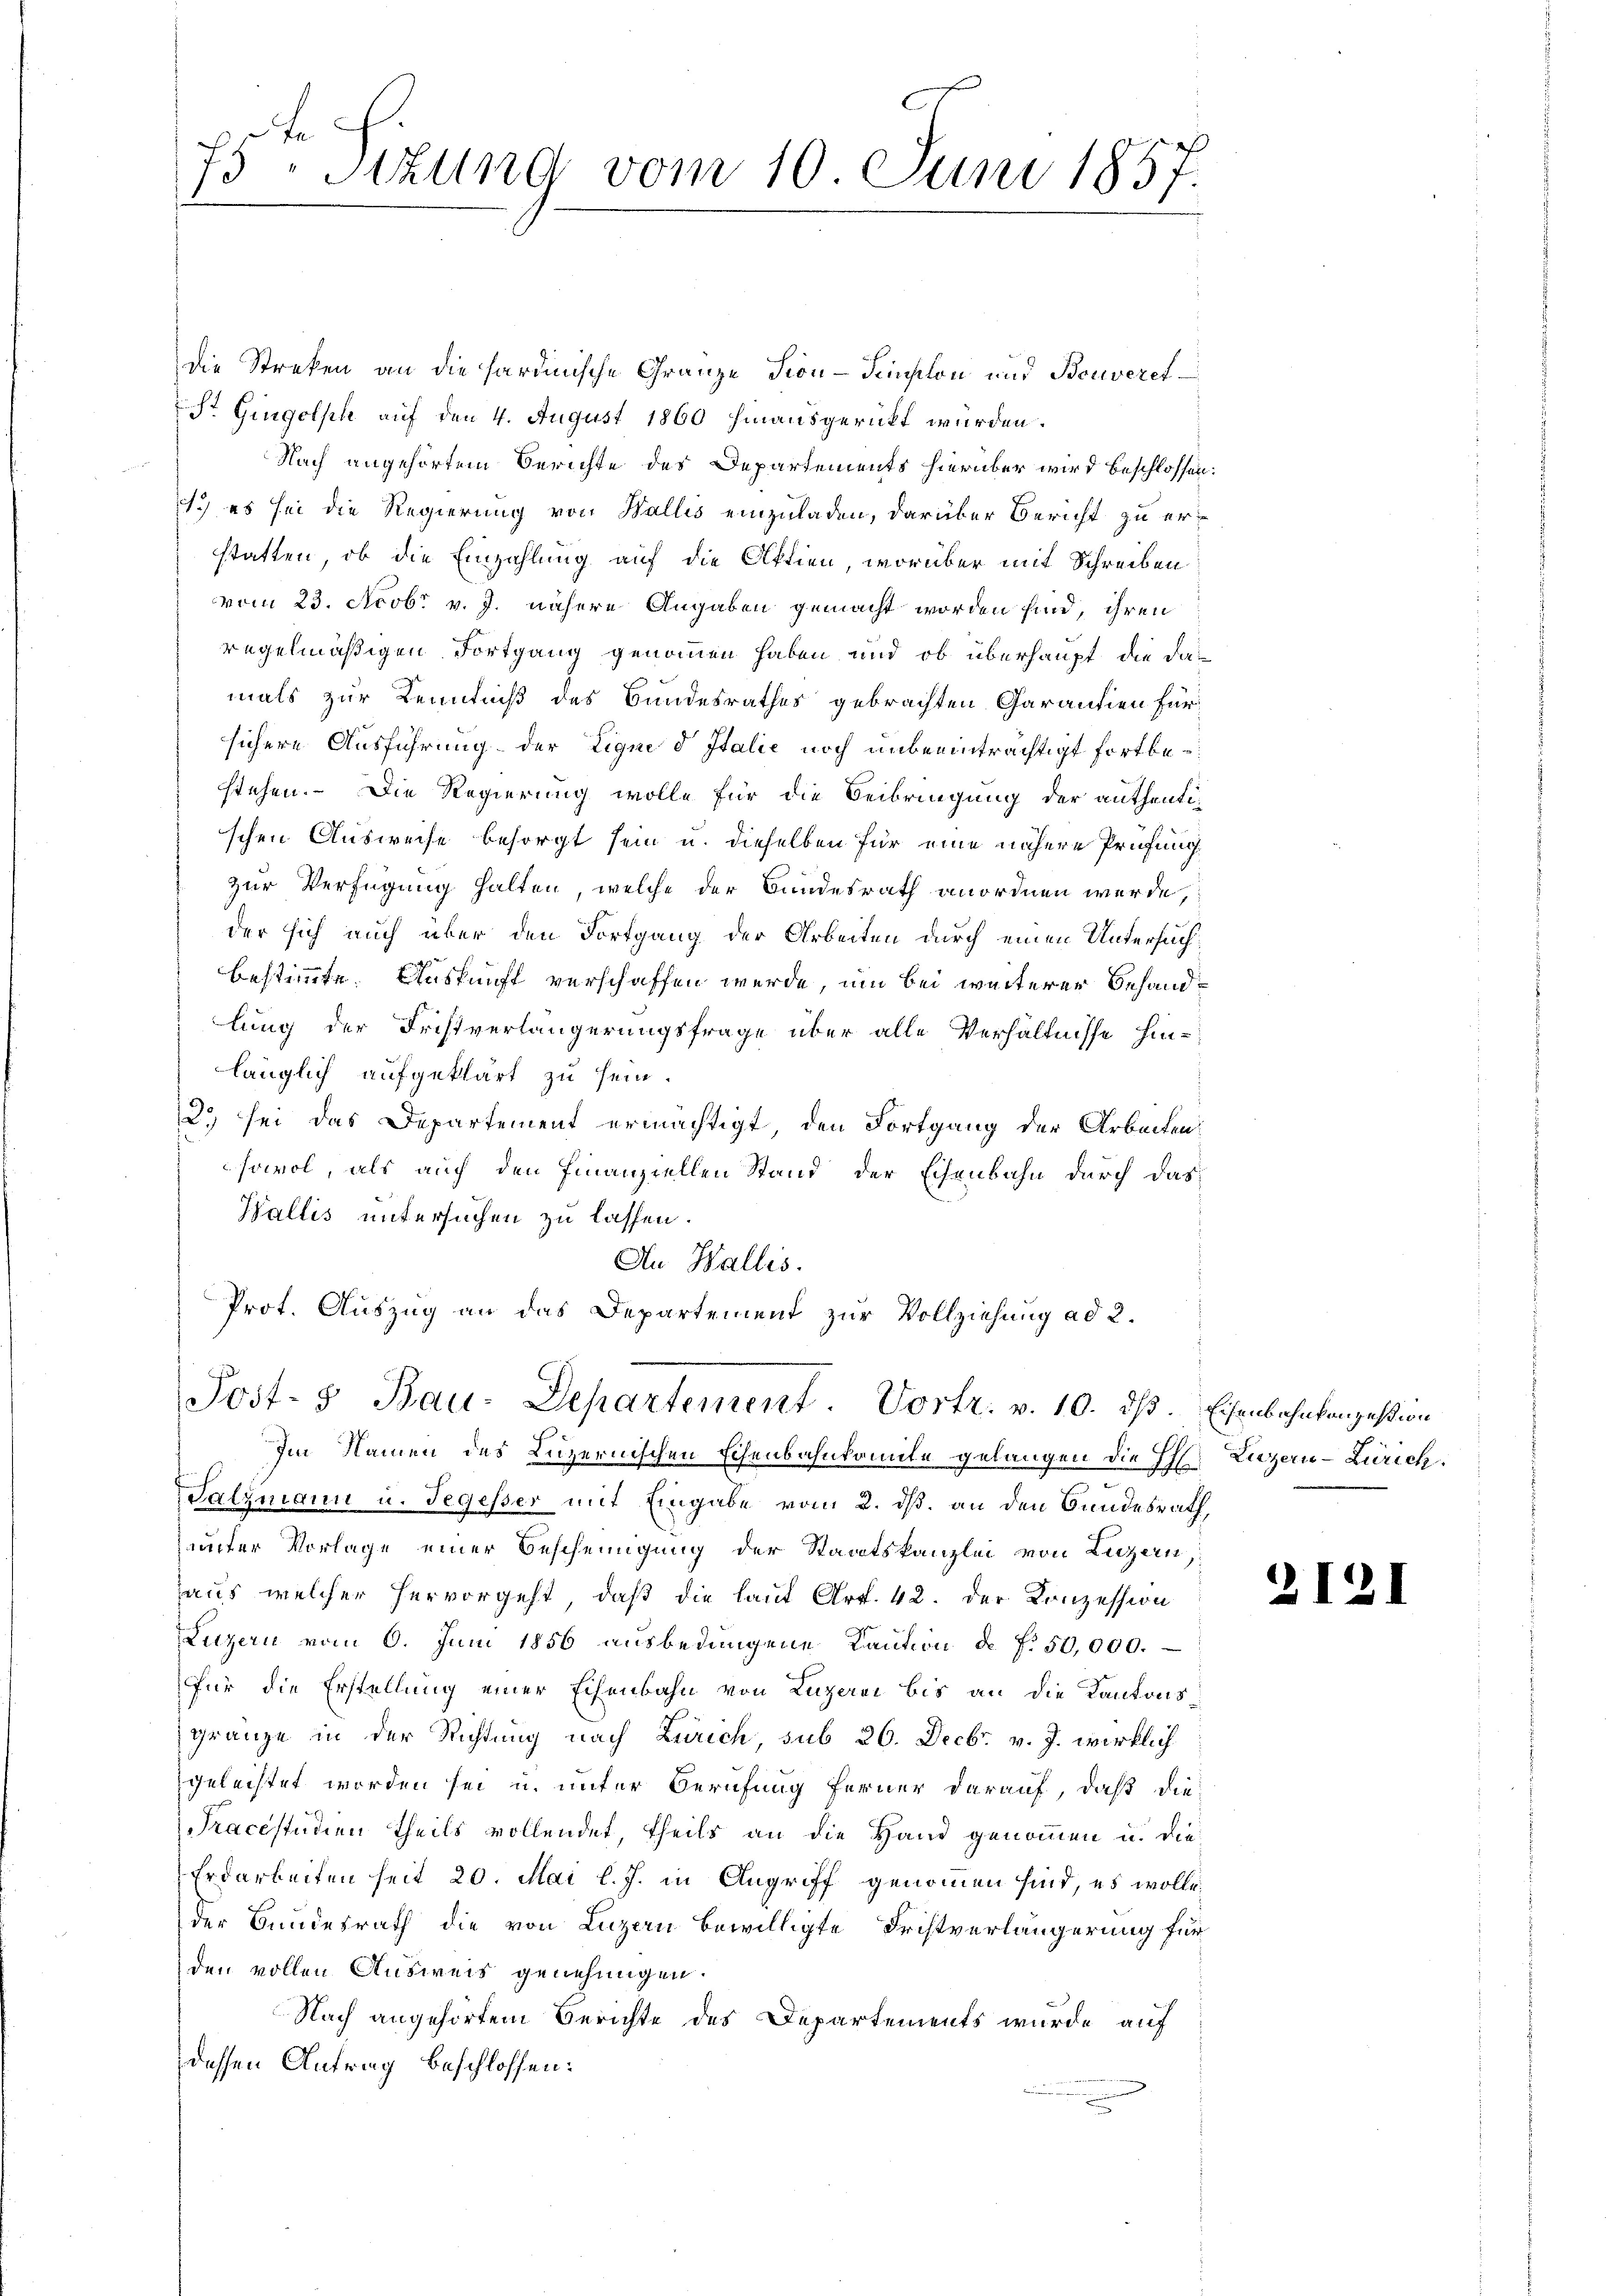
73 "Sizung vom 10. Juni 1857.

die Streken an die hardinische Gränze Fion-Simselon und Bouveret
ht Gingolsch auf den 4. August 1860 hinausgerückt wurden.
Nach angehörtem Berichte des Departements hierüber wird beschlossen:
.) es sei die Regierung von Wallis einzuladen, darüber Bericht zu erstatten, ob die Einzahlung auf die Aktien, worüber mit Schreiben
vom 23. Ncob. v. J. nähere Angaben gemacht worden sind, ihren
regelmäßigen Fortgang genommen haben und ob überhaupt die damals zur Kenntniß des Bundesrathes gebrachten Garantien für
sichere Ausführung der Liquid Italie noch unbeeinträchtigt fortbestehen. Die Regierung wolle für die Beibringung der anthenti-
schen Ausweise besorgt sein u. dieselben für eine nähere Prüfung
zur Verfügung halten, welche der Bundesrath anordnen werde,
der sich auch über den Fortgang der Arbeiten durch einen Untersuchbestimmte. Auskunft verschaffen werde, um bei weiterer Behandlung der Fristverlängerungsfrage über alle Verhältnisse hinlänglich aufgeklärt zu sein.
2. sei das Departement ermächtigt, den Fortgang der Arbeiten
sowol, als auch den Finanziellen Stand der Eisenbahn durch das
Wallis untersuchen zu lassen.
An Wallis.
Prot. Auszug an das Departement zur Vollziehung ad 2.
Post- & Bau-Departement. Vortr. v. 10. ds. Eisenbahnkonzession
Im Namen des Luzernischen Eisenbahnkomite gelangen die H. Liezern-Zürich.
Salzmann u. Segesser mit Eingabe vom 2. dß. an den Bundesrath,
unter Vorlage einer Bescheinigung der Staatskanzlei von Luzern,
haus welcher hervorgeht, daß die laut Art. 42. der Konzession
Luzern vom 6. Juni 1856 ausbedingene Kaution de f. 50,000.
für die Erstellung einer Eisenbahn von Luzern bis an die Kantonsgränze in der Richtung nach Zürich, sub 26. Decbr. v. J. wirklich
geleistet worden sei u. unter Berufung ferner darauf, daß die
Tracestudien theils vollendet, theils an die Hand genommen u. die
Erdarbeiten seit 20. Mai l. J. in Angriff genommen sind, es wolle
der Bundesrath die von Luzern bewilligte Fristverlängerung für
den vollen Ausweis genehmigen.
Nach angehörtem Berichte des Departements wurde auf
dessen Antrag beschlossen:

2121